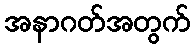
အနာဂတ်အတွက်